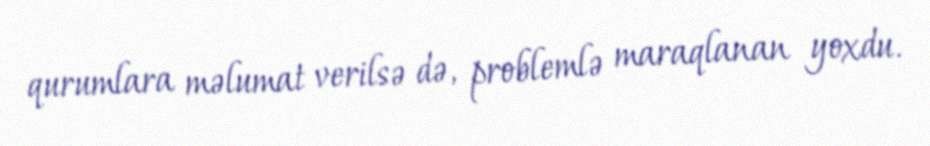
qurumlara məlumat verilsə də, problemlə maraqlanan yoxdu.